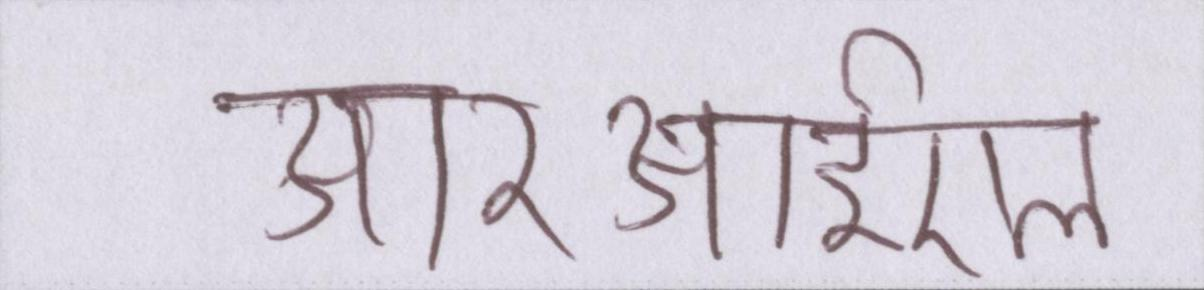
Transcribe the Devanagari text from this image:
आरआईएल